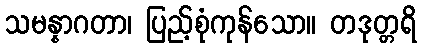
သမန္နာဂတာ၊ ပြည့်စုံကုန်သော။ တဒုတ္တရိ